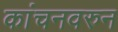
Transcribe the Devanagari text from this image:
कांचनवरुन